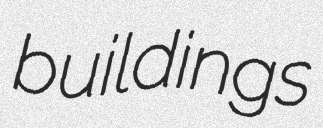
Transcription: buildings